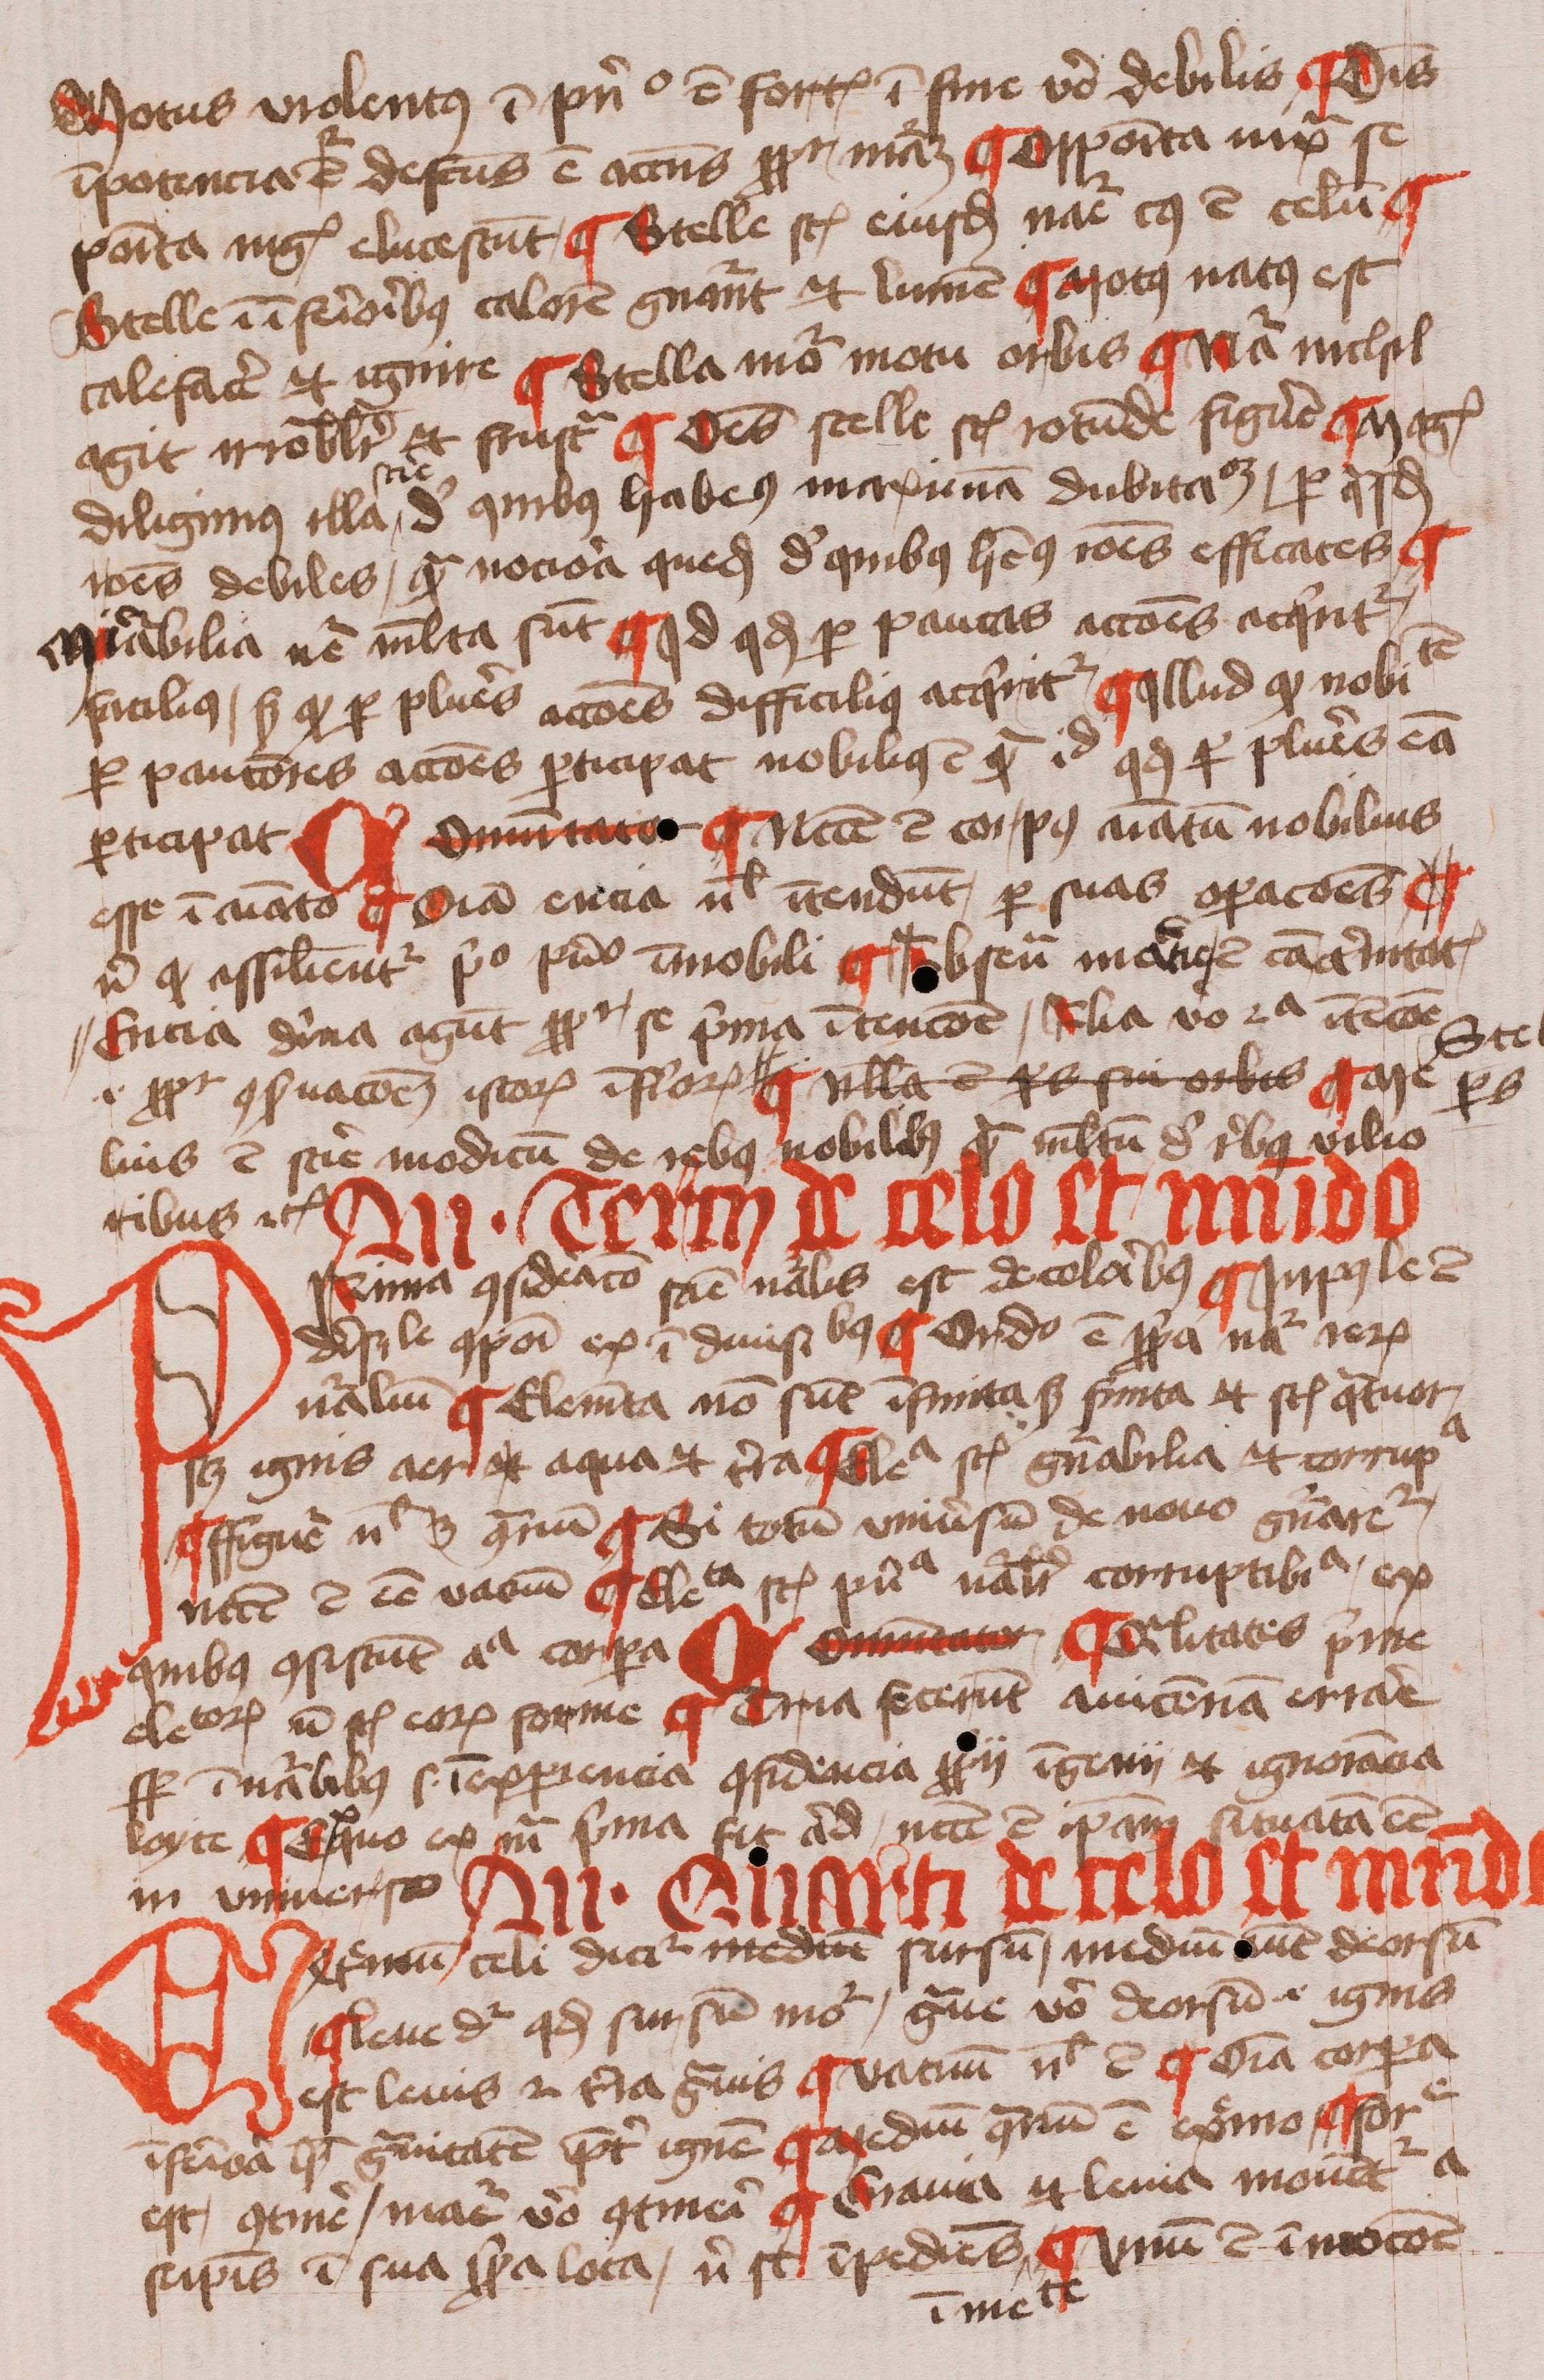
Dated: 1400–1499